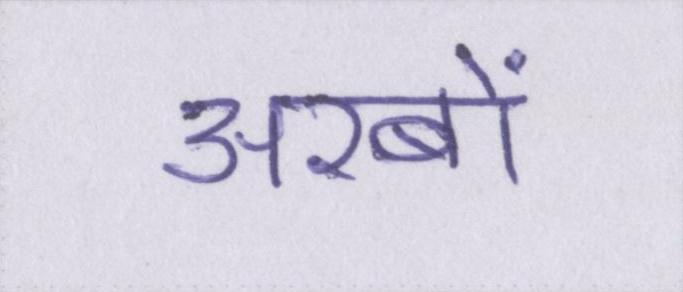
अरबों